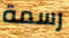
رسمة